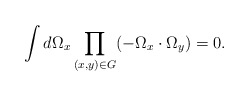
\begin{align*}\int d\Omega_x \prod_{(x,y)\in G}(-\Omega_x \cdot \Omega_y) = 0.\end{align*}